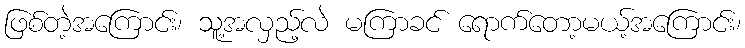
ဖြစ်တဲ့အကြောင်း၊ သူ့အလှည့်လဲ မကြာခင် ရောက်တော့မယ့်အကြောင်း၊